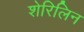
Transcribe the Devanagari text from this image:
शेरिलिन